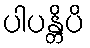
ပါပန္တိပိ